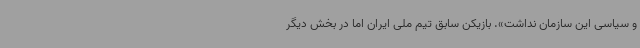
و سیاسی این سازمان نداشت». بازیکن سابق تیم ملی ایران اما در بخش دیگر